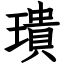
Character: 璝